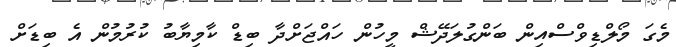
މެގަ މޯލްޑިވްސްއިން ބަންގުލަދޭޝް މީހުން ހައްޖަށްދާ ބިޑް ކާމިޔާބު ކުުރުމުން އެ ބިޑަށް